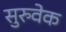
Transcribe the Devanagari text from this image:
सुरुवेक